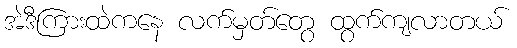
အဲဒီကြားထဲကနေ လက်မှတ်တွေ ထွက်ကျလာတယ်